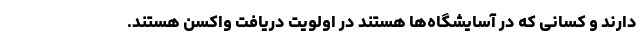
دارند و کسانی که در آسایشگاه‌ها هستند در اولویت دریافت واکسن هستند.